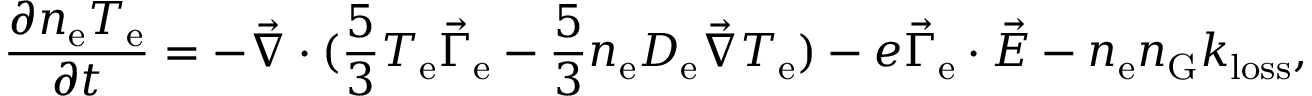
\frac { \partial n _ { \mathrm { e } } T _ { \mathrm { e } } } { \partial t } = - \vec { \nabla } \cdot ( \frac { 5 } { 3 } T _ { \mathrm { e } } \vec { \Gamma } _ { \mathrm { e } } - \frac { 5 } { 3 } n _ { \mathrm { e } } D _ { \mathrm { e } } \vec { \nabla } T _ { \mathrm { e } } ) - e \vec { \Gamma } _ { \mathrm { e } } \cdot \vec { E } - n _ { \mathrm { e } } n _ { \mathrm { G } } k _ { \mathrm { l o s s } } ,